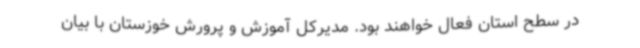
در سطح استان فعال خواهند بود. مدیرکل آموزش و پرورش خوزستان با بیان